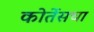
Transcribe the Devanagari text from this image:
कोर्तेसचा